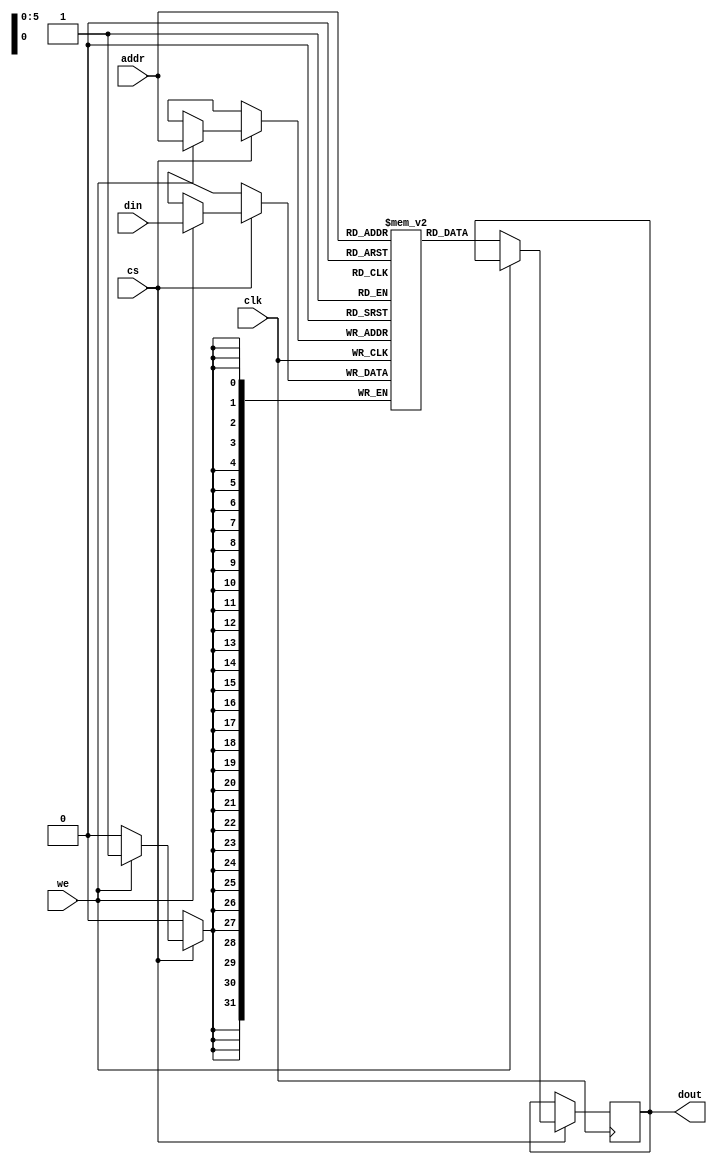
/*--------64*32bit sram--------*/
module spram (
    input clk,
    input cs,
    input we,
    input wire [31:0] din,
    input wire [5:0] addr,
    output reg [31:0] dout
);

reg [31:0] mem[0:63];

always @(posedge clk) begin
    if (cs) begin
        if (we) begin
            mem[addr] <= din;
        end
        else begin
            dout <= mem[addr];
        end
    end
end

endmodule